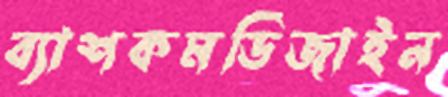
ব্যাশকমডিজাইন